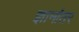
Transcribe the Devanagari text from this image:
ज्ञानांतर